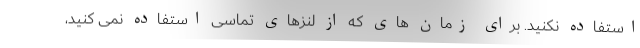
استفاده نکنید. برای زمان های که از لنزهای تماسی استفاده نمی کنید،